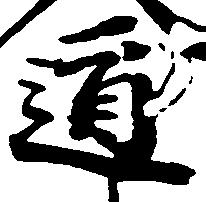
道